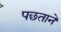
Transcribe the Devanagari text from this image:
पछताने